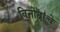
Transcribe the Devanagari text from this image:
विनोदांचे